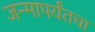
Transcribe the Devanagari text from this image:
जन्मापर्यंतचा